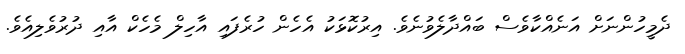
ދެމީހުންނަށް އަނެއްކާވެސް ބައްދާލެވުނެވެ. އިރުކޮޅަކު އެހެން ހުރެފައި އާހިލް މެހެކް އާއި ދުރުވެލިއެވެ.